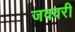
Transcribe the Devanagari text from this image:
जववरी